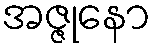
အဇ္ဇုနော